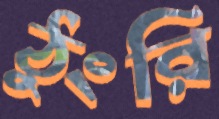
ঠুংরি